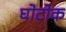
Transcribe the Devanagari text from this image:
घोटोक